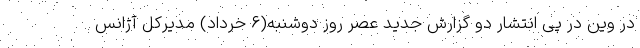
در وین در پی انتشار دو گزارش جدید عصر روز دوشنبه(۶ خرداد) مدیرکل آژانس